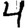
Digit: 4